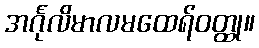
အင်္ဂုလိမာလမထေရ်ဝတ္ထု။